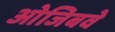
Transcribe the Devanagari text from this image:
ओजिबवे